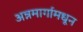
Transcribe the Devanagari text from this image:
अन्नमार्गामधून